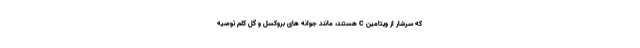
که سرشار از ویتامین C هستند، مانند جوانه های بروکسل و گل کلم توصیه